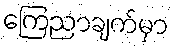
ကြေညာချက်မှာ